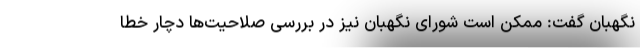
نگهبان گفت: ممکن است شورای نگهبان نیز در بررسی صلاحیت‌ها دچار خطا